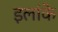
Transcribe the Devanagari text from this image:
इलांके